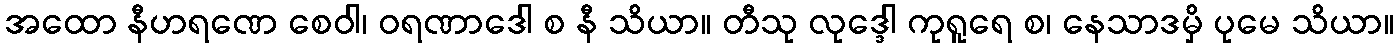
အထော နီဟရဏေ စေဝါ၊ ဝရဏာဒေါ စ နီ သိယာ။ တီသု လုဒ္ဒေါ ကုရူရေ စ၊ နေသာဒမှိ ပုမေ သိယာ။